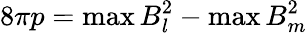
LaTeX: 8\pi p=\operatorname*{max}B_{l}^{2}-\operatorname*{max}B_{m}^{2}